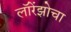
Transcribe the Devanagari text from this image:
लॉरेंझोचा